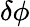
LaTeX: \delta\phi